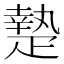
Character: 𤴢